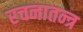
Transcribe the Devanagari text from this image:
रचनातन्त्र